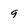
Character: 9